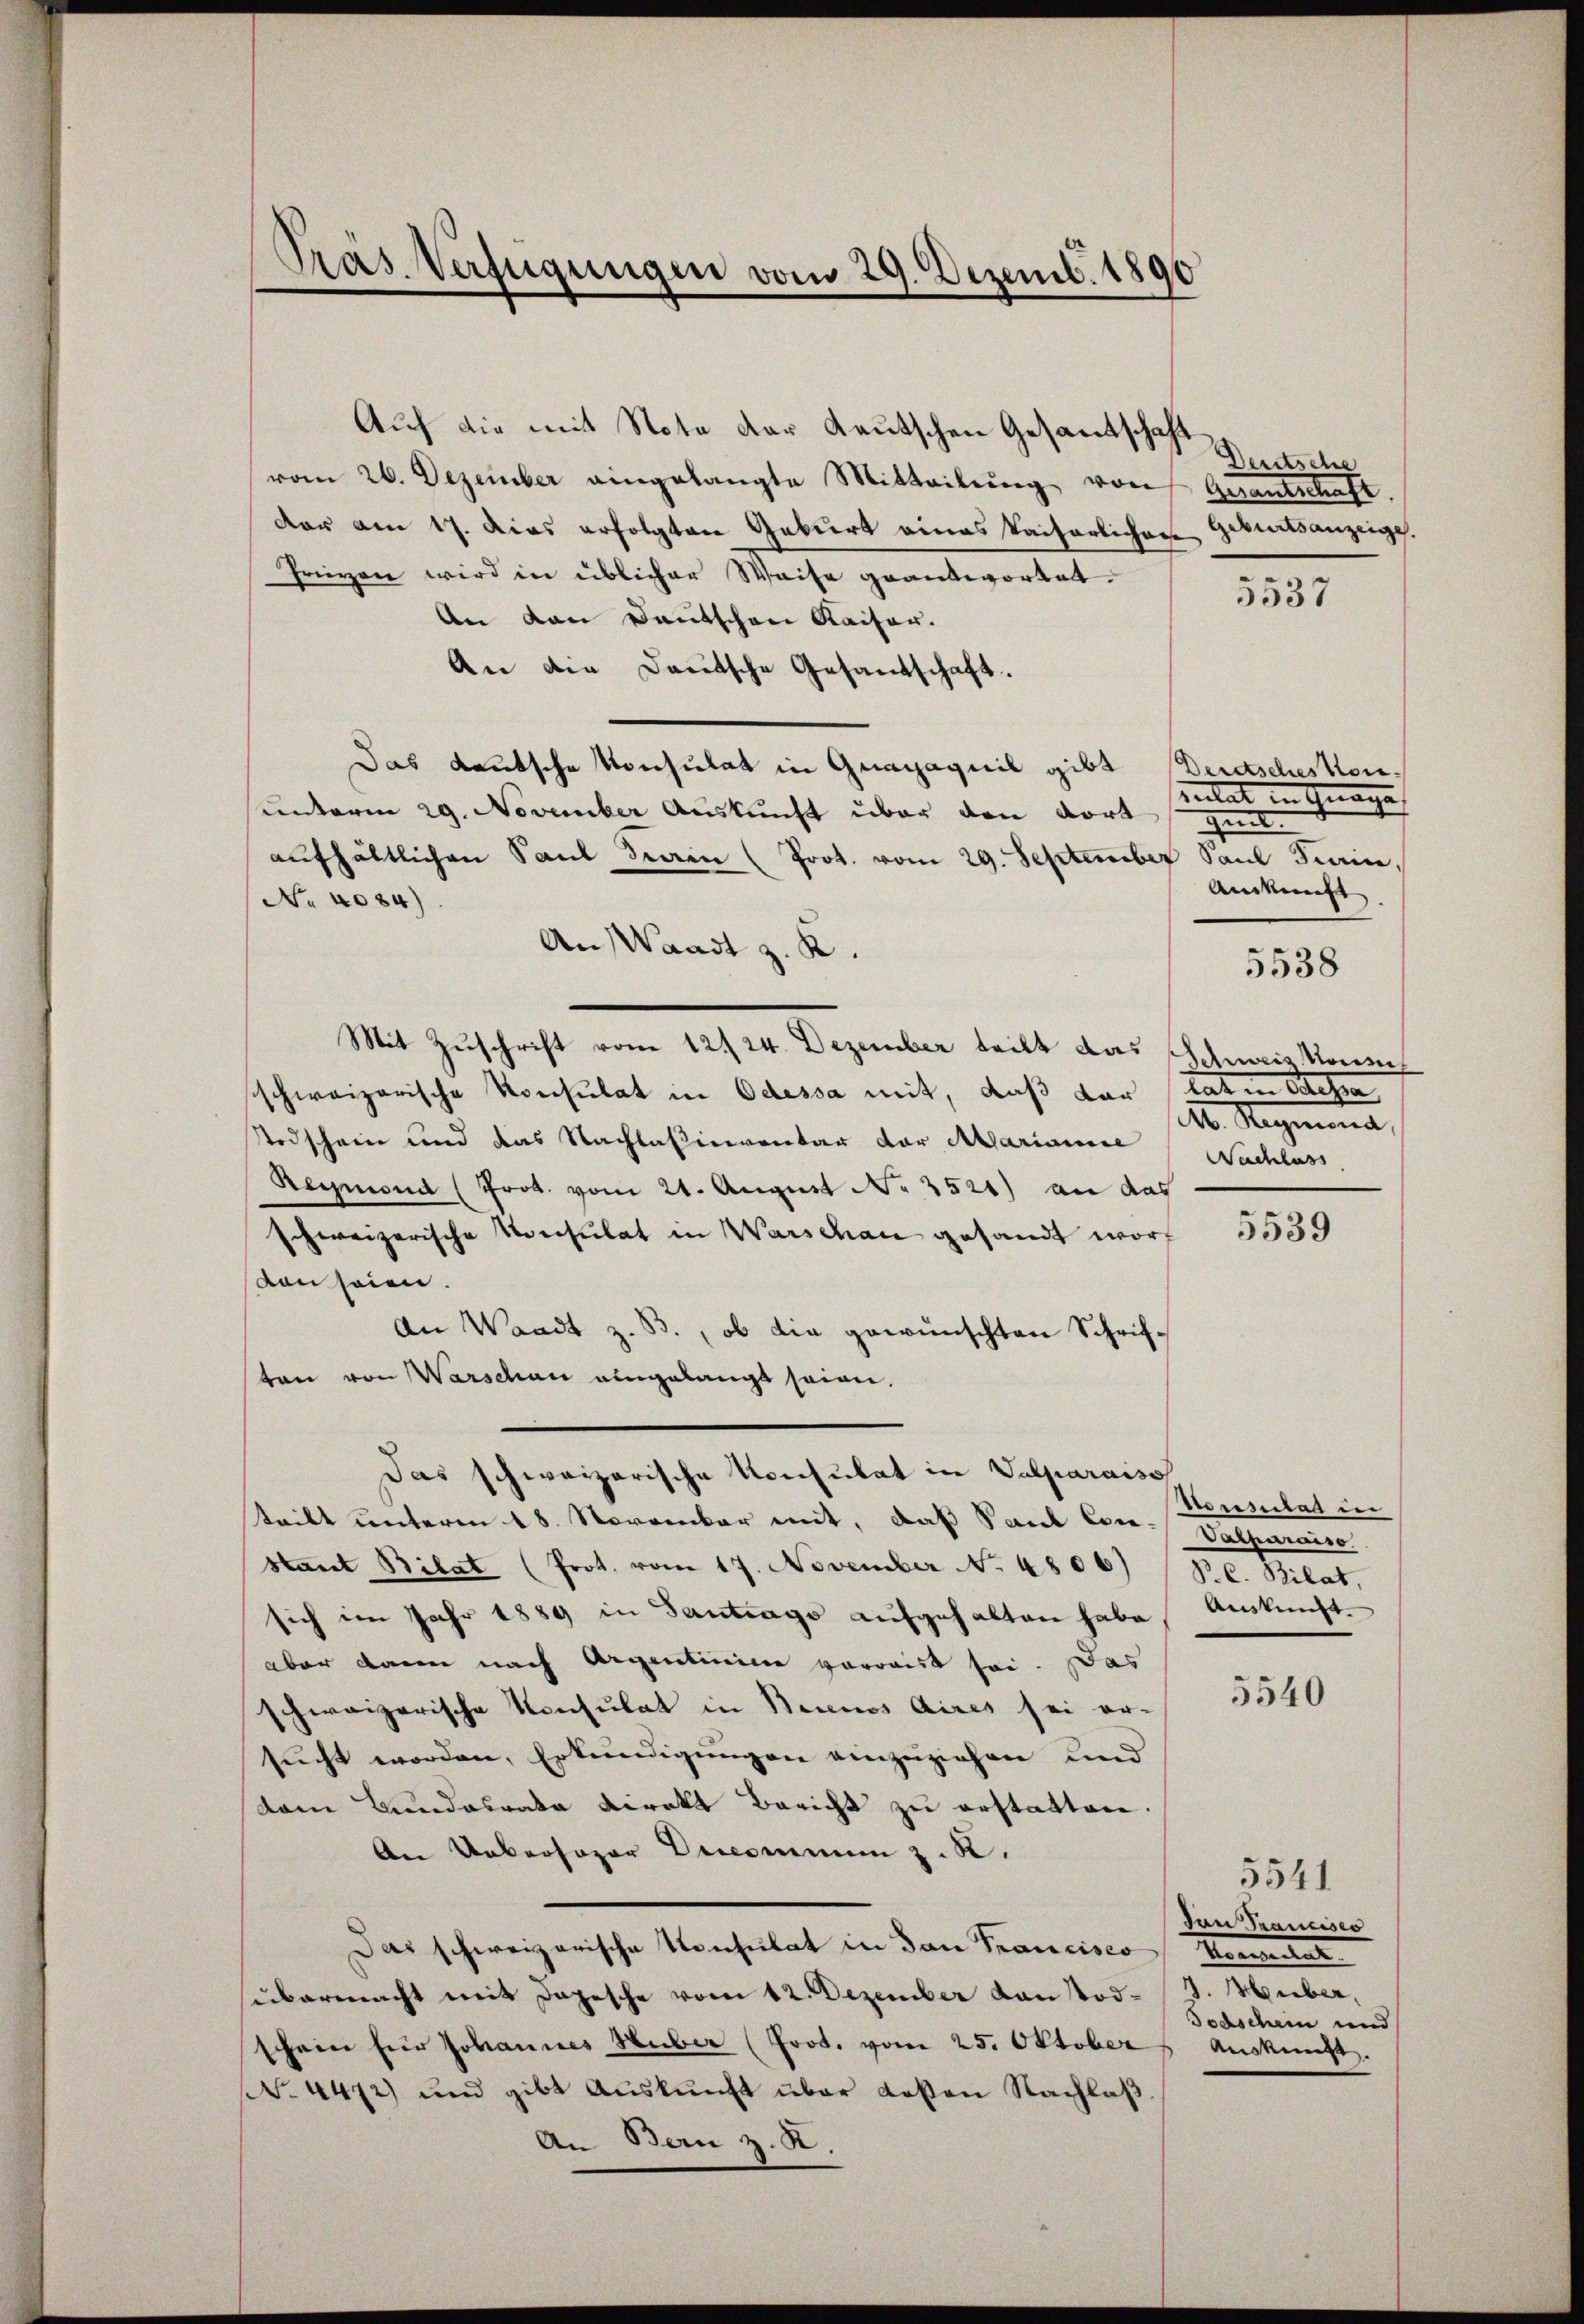
Präs. Verfügungen vom 29. Dezemb. 1890

Auf die mit Note der Kautschen Gesandtschaft
vom 26. Dezember eingelangte Mitteilŭng von Gesantschaft,
dar am 17. Dies erfolgten Geburt eines kaiserlichen Geburtsanzeige.
Prigen wird in üblicher Weise geantwortet. 5530
An den Deutschen Kaiser.
An die Deutsche Gesandschaft.
Das deutsche Konsulat in Grazaquil gibt Derdschestenunterm 29. November Auskunft über den dort gen
aŭfhältlichen Sand Train (Prot. vom 29. September Saul Frein,
No 1084)
An Waadt z. K.
Mit Zuschrift vom 12. 24. Dezember teilt das schweiz konn
schweizerische Konsulat in Odessa mit, daß der tat in dessa
Todschein und das Nachlaßiceventar der Alarianne
Reymond (Prot. vom 21. August No. 3521) an das
schweizerische Konsulat in Warschau gesandt wort 553
von seien.
An Waadt z. B., ob die gewünschten Schrifton von Warschau eingelangt seien,
Das schweizerische Konsulat in Valparaiso
Konsulat in
teilt unterm 18. November mit, daß Paul Cou-Valparaiso
stant Bilat (Prot. vom 17. November No. 4806) P. C. Rilat,
sich im Jahr 1889 in Santrags aufgehalten habe Auskunftaber dann nach Argentinie verwaist sei. Das
5540
schweizerische Konsulat in Brinos Aires sei er-
sucht worden, Erkundigungen einzuziehen und
(dem Bundesrate Direkt Bericht zu erstatten.
An Uebersoper Decommun z. R.
5541
von Trancisco
Das schweizerische Konsulat in San Francisco Konsulat
übermacht mit Depesche vom 12. Dezember Kantod-/J. Huber,
Todschein und
schein für Johannes Huber (Prot. vom 25. Oktober
Auskunft.
N. 4472) und gibt Aŭskŭnft über Kosten Nachlaβ.
An Bern z. R.

Deutsche

relat in Gnade
Anerkennst |

1. Magmann,
Nachlass

5538